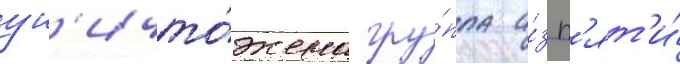
ун'ичто́жена гру́ппа и́з п'ят'и́